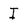
Character: I